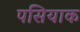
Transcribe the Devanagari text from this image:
पसियाक